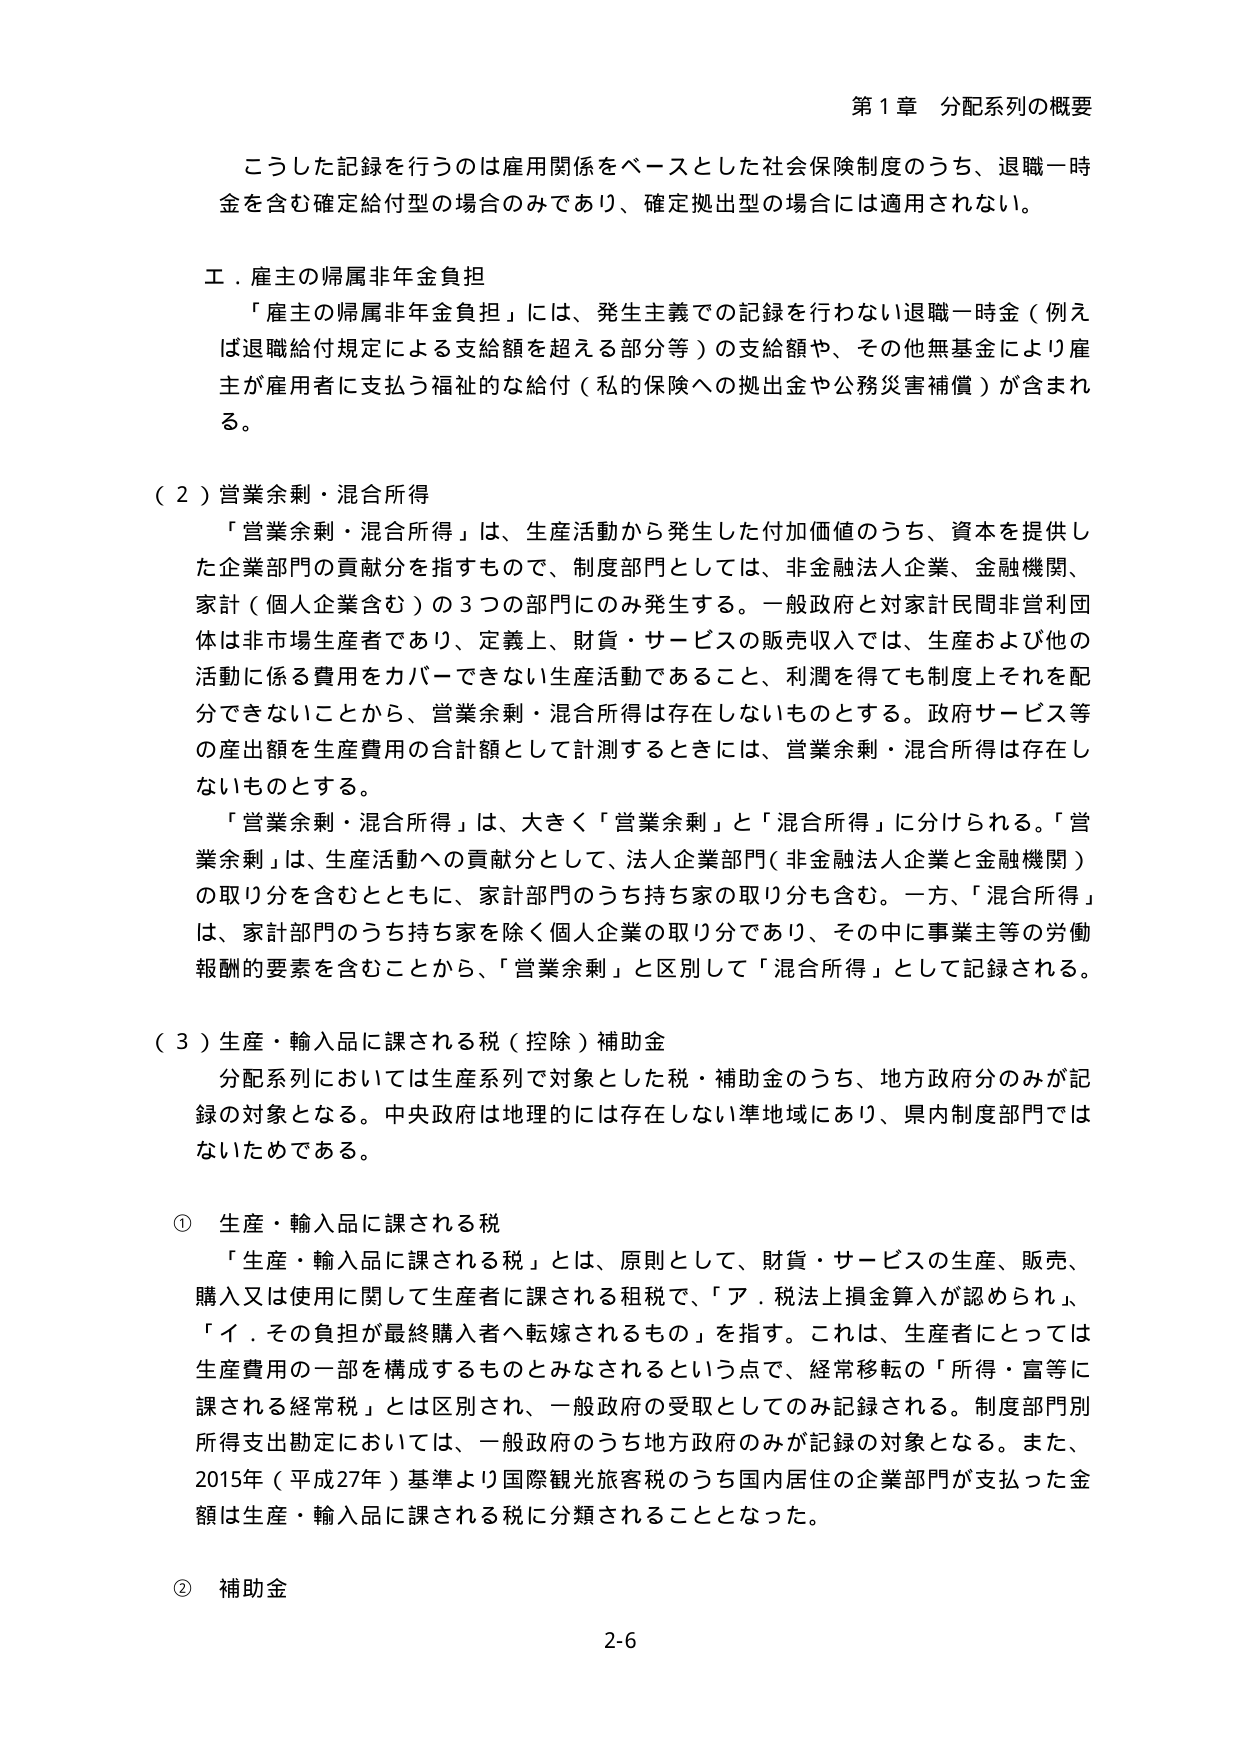
第１章 分配系列の概要

こうした記録を行うのは雇用関係をベースとした社会保険制度のうち、退職一時金を含む確定給付型の場合のみであり、確定拠出型の場合には適用されない。

エ．雇主の帰属非年金負担

「雇主の帰属非年金負担」には、発生主義での記録を行わない退職一時金（例えば退職給付規定による支給額を超える部分等）の支給額や、その他無基金により雇主が雇用者に支払う福祉的な給付（私的保険への拠出金や公務災害補償）が含まれる。

（２）営業余剰・混合所得

「営業余剰・混合所得」は、生産活動から発生した付加価値のうち、資本を提供した企業部門の貢献分を指すもので、制度部門としては、非金融法人企業、金融機関、家計（個人企業含む）の３つの部門にのみ発生する。一般政府と対家計民間非営利団体は非市場生産者であり、定義上、財貨・サービスの販売収入では、生産および他の活動に係る費用をカバーできない生産活動であること、利潤を得ても制度上それを配分できないことから、営業余剰・混合所得は存在しないものとする。政府サービス等の産出額を生産費用の合計額として計測するときには、営業余剰・混合所得は存在しないものとする。

「営業余剰・混合所得」は、大きく「営業余剰」と「混合所得」に分けられる。「営業余剰」は、生産活動への貢献分として、法人企業部門（非金融法人企業と金融機関）の取り分を含むとともに、家計部門のうち持ち家の取り分も含む。一方、「混合所得」は、家計部門のうち持ち家を除く個人企業の取り分であり、その中に事業主等の労働報酬の要素を含むことから、「営業余剰」と区別して「混合所得」として記録される。

（３）生産・輸入品に課される税（控除）補助金

分配系列においては生産系列で対象とした税・補助金のうち、地方政府分のみが記録の対象となる。中央政府は地理的には存在しない準地域にあり、県内制度部門ではないためである。

① 生産・輸入品に課される税

「生産・輸入品に課される税」とは、原則として、財貨・サービスの生産、販売、購入又は使用に関して生産者に課される租税で、「ア．税法上損金算入が認められ」、「イ．その負担が最終購入者へ転嫁されるもの」を指す。これは、生産者にとっては生産費用の一部を構成するものとみなされるという点で、経常移転の「所得・富等に課される経常税」とは区別され、一般政府の受取としてのみ記録される。制度部門別所得支出勘定においては、一般政府のうち地方政府のみが記録の対象となる。また、2015年（平成27年）基準より国際観光旅客税のうち国内居住の企業部門が支払った金額は生産・輸入品に課される税に分類されることとなった。

② 補助金

2-6